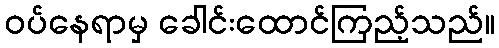
ဝပ်နေရာမှ ခေါင်းထောင်ကြည့်သည်။